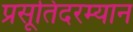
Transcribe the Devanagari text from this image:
प्रसूतिदरम्यान